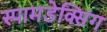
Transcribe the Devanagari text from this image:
स्पामडेक्सिंग